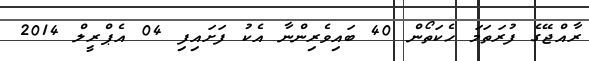
ރާއްޖޭގެ ފުރަތަމަ ހެކަތޯން 40 ބައިވެރިންނާ އެކު ފަށައިފި 04 އެޕްރީލް 2014